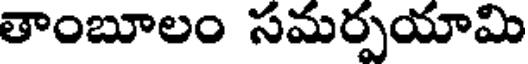
తాంబూలం సమర్పయామి